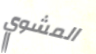
المشوي